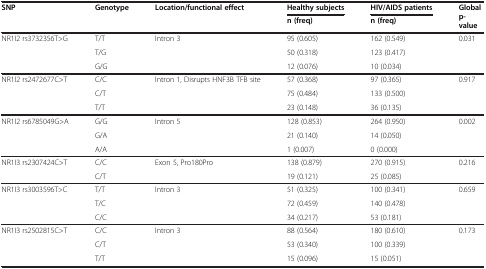
<table><thead><tr><td rowspan="2"><b>SNP</b></td><td rowspan="2"><b>Genotype</b></td><td rowspan="2"><b>Location/functional effect</b></td><td><b>Healthy subjects</b></td><td><b>HIV/AIDS patients</b></td><td rowspan="2"><b>Global p-value</b></td></tr><tr><td><b>n (freq)</b></td><td><b>n (freq)</b></td></tr></thead><tbody><tr><td rowspan="3">NR1I2 rs3732356T&gt;G</td><td>T/T</td><td>Intron 3</td><td>95 (0.605)</td><td>162 (0.549)</td><td>0.031</td></tr><tr><td>T/G</td><td> </td><td>50 (0.318)</td><td>123 (0.417)</td><td> </td></tr><tr><td>G/G</td><td> </td><td>12 (0.076)</td><td>10 (0.034)</td><td> </td></tr><tr><td rowspan="3">NR1I2 rs2472677C&gt;T</td><td>C/C</td><td rowspan="3">Intron 1, Disrupts HNF3B TFB site</td><td>57 (0.368)</td><td>97 (0.365)</td><td>0.917</td></tr><tr><td>C/T</td><td>75 (0.484)</td><td>133 (0.500)</td><td> </td></tr><tr><td>T/T</td><td>23 (0.148)</td><td>36 (0.135)</td><td> </td></tr><tr><td rowspan="3">NR1I2 rs6785049G&gt;A</td><td>G/G</td><td rowspan="3">Intron 5</td><td>128 (0.853)</td><td>264 (0.950)</td><td>0.002</td></tr><tr><td>G/A</td><td>21 (0.140)</td><td>14 (0.050)</td><td> </td></tr><tr><td>A/A</td><td>1 (0.007)</td><td>0 (0.000)</td><td> </td></tr><tr><td rowspan="2">NR1I3 rs2307424C&gt;T</td><td>C/C</td><td rowspan="2">Exon 5, Pro180Pro</td><td>138 (0.879)</td><td>270 (0.915)</td><td>0.216</td></tr><tr><td>C/T</td><td>19 (0.121)</td><td>25 (0.085)</td><td> </td></tr><tr><td rowspan="3">NR1I3 rs3003596T&gt;C</td><td>T/T</td><td rowspan="3">Intron 3</td><td>51 (0.325)</td><td>100 (0.341)</td><td>0.659</td></tr><tr><td>T/C</td><td>72 (0.459)</td><td>140 (0.478)</td><td> </td></tr><tr><td>C/C</td><td>34 (0.217)</td><td>53 (0.181)</td><td> </td></tr><tr><td rowspan="3">NR1I3 rs2502815C&gt;T</td><td>C/C</td><td rowspan="3">Intron 3</td><td>88 (0.564)</td><td>180 (0.610)</td><td>0.173</td></tr><tr><td>C/T</td><td>53 (0.340)</td><td>100 (0.339)</td><td> </td></tr><tr><td>T/T</td><td>15 (0.096)</td><td>15 (0.051)</td><td> </td></tr></tbody></table>